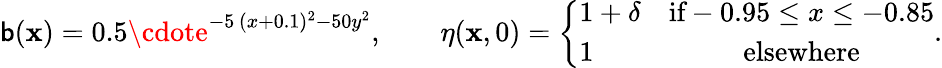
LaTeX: \mathsf{b}(\mathbf{{x}})=0.5\cdote^{-5\, (x+0.1)^{2}-50y^{2}},\qquad\eta(\mathbf{{x}},0)=\left\{ \begin{array}{lc}{1+\delta}&{\textnormal{if}-0.95\leq x\leq-0.85}\\ {1}&{\textnormal{elsewhere}}\end{array}\right..